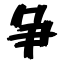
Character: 争